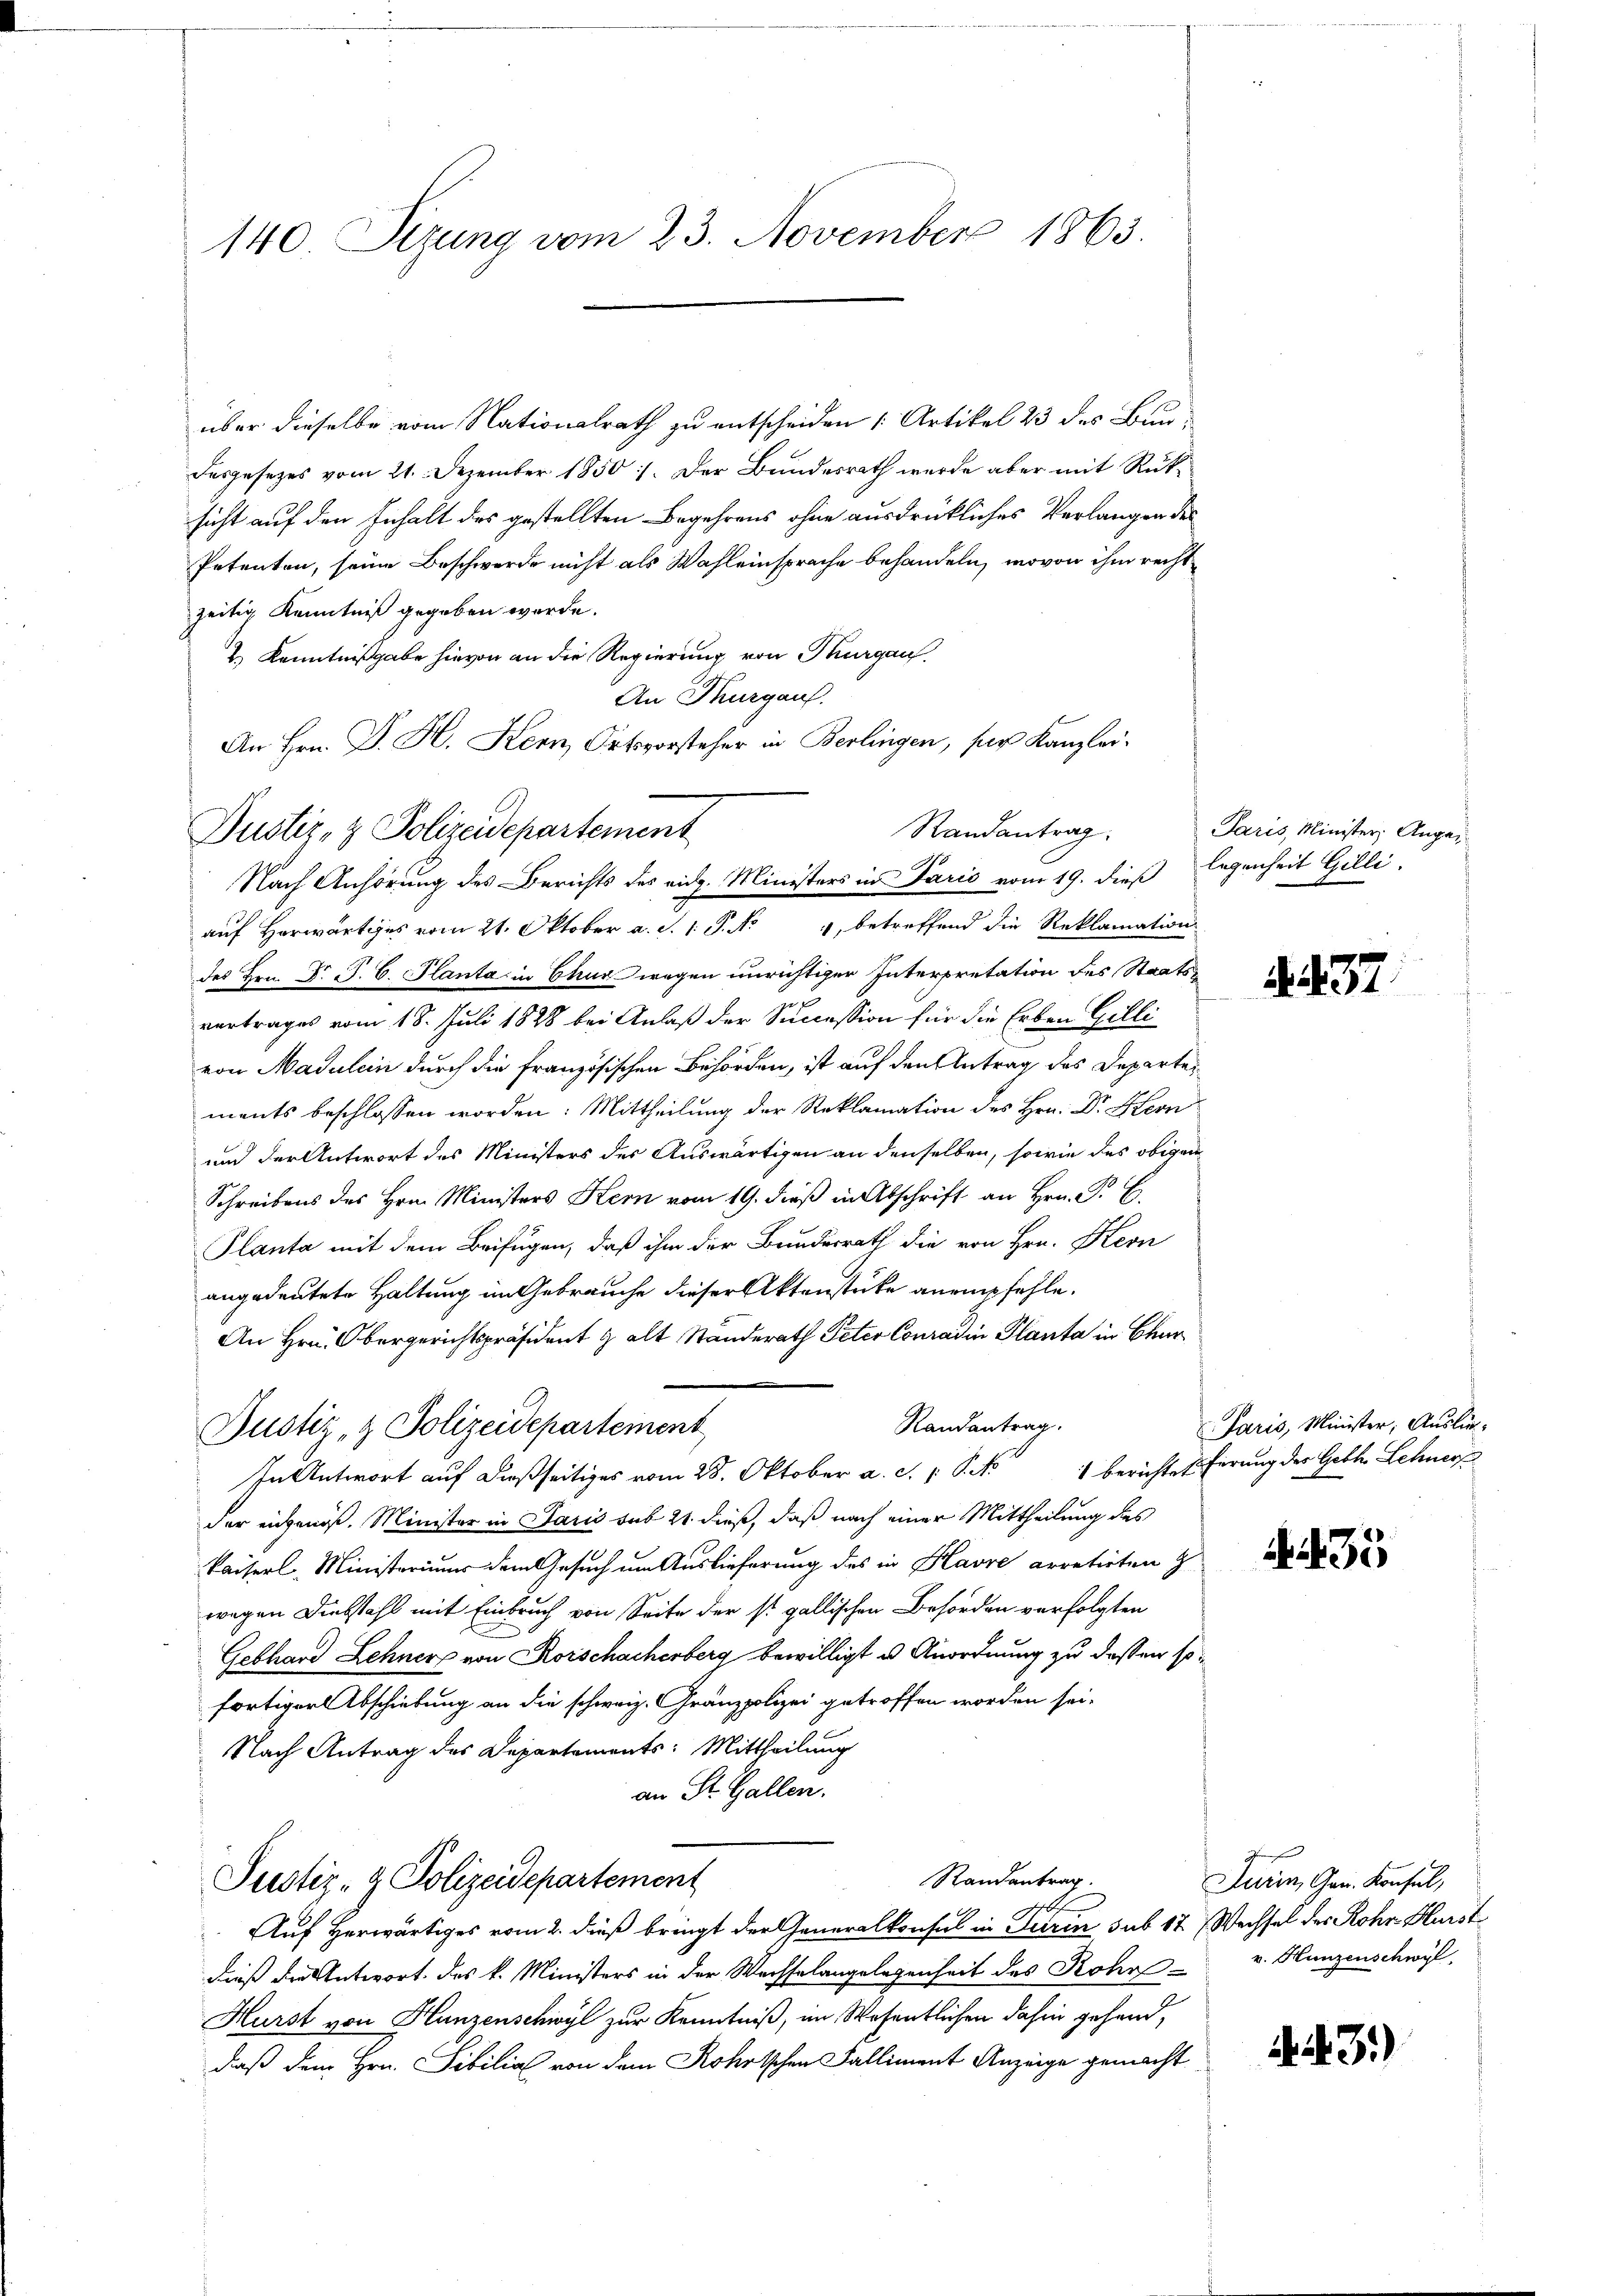
140. Sizung vom 23. November 1863.

über dieselbe vom Nationalrath zu entscheiden [Artikel 23 des Baudesgesezes vom 21. Dezember 1850. Der Bundesrath wurde aber mit Rüksicht auf den Inhalt des gestellten Begehrens ohne ausdrückliches Verlangen des
Petenten, seine Beschwerde nicht als Wahleinsprache behandeln, wovon ihm recht
zeitig Kenntniß gegeben werde.
& Kenntnißgabe hievon an die Regierung von Thurgau,
An Thurgau.
auf Horwärtiges vom 21. Oktober a. d. 1. P. No 1, betreffend die Reklamation
des Hrn. Dr. P. C. Planta in Churwegen unrichtiger Interpretation des Staatsvertrages vom 18. Juli 1828 bei Anlaß der Succession für die Erben Gilli
von Madulein durch die französischen Behörden, ist auf den Antrag des Departements beschlossen worden: Mittheilung der Reklamation des Hrn. Dr Hern
und der Antwort des Ministers des Auswärtigen an denselben, sowie des obigen
Schreibens des Hrn. Ministers Kern vom 19. dieß in Abschrift an Hrn. P. E.
Planta mit dem Beifügen, daß ihm der Bundesrath die von Hrn. Kern
angedeutete Haltung im Gebrauche dieser Aktenstücke anempfehle.
An Hrn. Obergerichtspräsident & alt Standerath Peter Conradin Planta in Chur
Randantrag.
Justiz- & Polizeidepartement
In Antwort auf dießseitiges vom 28. Oktober a. c. p. P. No 1 bericht pferung des Gebh. Sehnerp
der eigenöß. Minister in Paris sub 21 dieß, daß nach einer Mittheilung des
Kaiserl, Ministeriums dem Gesuch um Auslieferung des in Havre arretirten G
wegen Diebstahl mit Einbruch von Seite der so gallischen Behörden verfolgten
Gebhard Lehner von Korschacherberg bewilligt u Anordnung zu dessen sofortiger Abschiebung an die schweiz. Gränzpolizei getroffen worden sei.
Nach Antrag des Departements: Mittheilung
an St. Gallen.
Randantrag.
Justiz- & Polizeidepartement
Auf Herwärtiges vom 2. dieß bringt der Generalkonsul in Turin sub 17) Wechsel des Rohr. Hürstdieß die Antwort des k. Ministers in der Wechselangelegenheit des Rohr v. Hunzenschwyl,
Hurst von Hunzenschwyl zur Kenntniß, im Wesentlichen dahin gehend,
daß dem Hrn. Sibilial von dem Rohrtschen Falliment Anzeige gemacht

Justiz- & Polizeidepartement

An Hrn. J. H. Kern Ortsvorsteher in Berlingen, ser Kanzlei¬
Randantrag
Nach Anhörung des Berichts des eidg. Ministers in Paris vom 19. dieß legenheit Gilli

Paris, Minister, Ange¬

§. 437.

Paris, Minister, Auslie-

35

Turin, Gen. Konsul,

443)